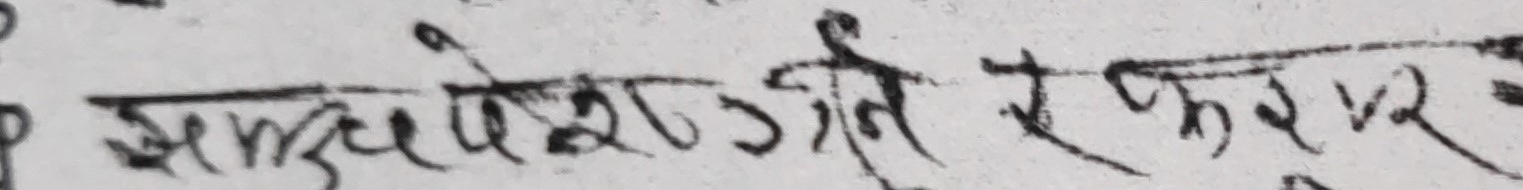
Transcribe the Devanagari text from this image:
सम्वेश उउने र कुरूर